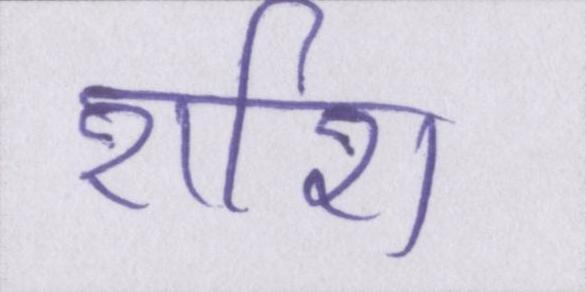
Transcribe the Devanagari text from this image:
राशि